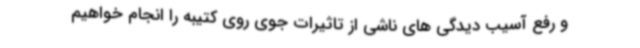
و رفع آسیب دیدگی های ناشی از تاثیرات جوی روی کتیبه را انجام خواهیم